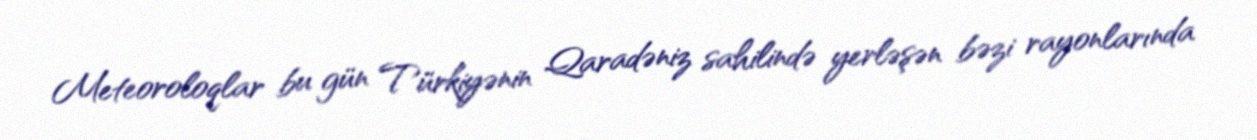
Meteoroloqlar bu gün Türkiyənin Qaradəniz sahilində yerləşən bəzi rayonlarında